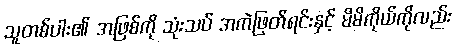
သူတစ်ပါး၏ အဖြစ်ကို သုံးသပ် အကဲဖြတ်ရင်းနှင့် မိမိကိုယ်ကိုလည်း